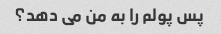
پس پولم را به من می دهد؟